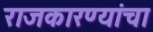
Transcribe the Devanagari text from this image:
राजकारण्यांचा